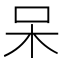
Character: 呆